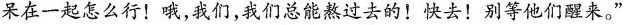
呆在一起怎么行！哦，我们，我们总能熬过去的！快去！别等他们醒来。”